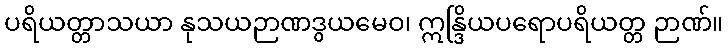
ပရိယတ္တာသယာ နုသယဉာဏဒွယမေဝ၊ ဣန္ဒြိယပရောပရိယတ္တ ဉာဏ်။